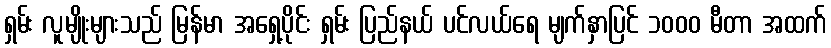
ရှမ်း လူမျိုးများသည် မြန်မာ အရှေ့ပိုင်း ရှမ်း ပြည်နယ် ပင်လယ်ရေ မျက်နှာပြင် ၁၀၀၀ မီတာ အထက်